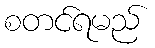
စတင်ရမည်